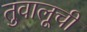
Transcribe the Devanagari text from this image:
तुवालूची